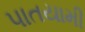
પાતયામી